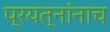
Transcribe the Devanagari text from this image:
प्रयत्नांनाच